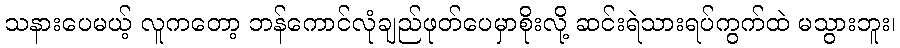
သနားပေမယ့် လူကတော့ ဘန်ကောင်လုံချည်ဖုတ်ပေမှာစိုးလို့ ဆင်းရဲသားရပ်ကွက်ထဲ မသွားဘူး၊